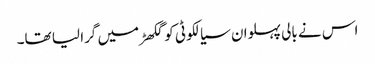
اس نے بالی پہلوان سیالکوٹی کو گکھڑ میں گرا لیا تھا۔